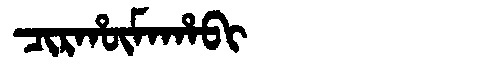
Manchu: ᠴᡳᡵᡥᡡᠮᠠᡥᠠᠪᡳ
Romanization: CIRHŪMAHABI